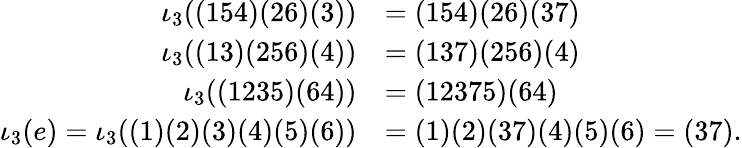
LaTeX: \begin{array}{rl}{\iota_{3}((154)(26)(3))}&{=(154)(26)(37)}\\ {\iota_{3}((13)(256)(4))}&{=(137)(256)(4)}\\ {\iota_{3}((1235)(64))}&{=(12375)(64)}\\ {\iota_{3}(e)=\iota_{3}((1)(2)(3)(4)(5)(6))}&{=(1)(2)(37)(4)(5)(6)=(37).}\end{array}